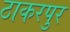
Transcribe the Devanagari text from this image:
ठाकरपुर